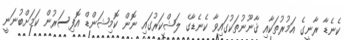
ކެނެޑާ ރާނީގެ އަމުރުތަކާއި ޤާނޫނުތަކުގައިވާ ކެނެޑާގެ ލަޝްކަރުގައި ނޮން ކޮމިޝަންޑް އޮފިސަރުން ކަމަށްބުނަނީ